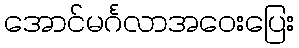
အောင်မင်္ဂလာအဝေးပြေး